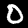
Label: 0